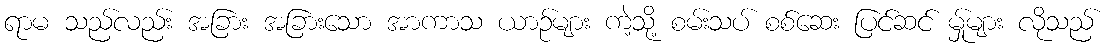
ရာမ သည်လည်း အခြား အခြားသော အာကာသ ယာဉ်များ ကဲ့သို့ စမ်းသပ် စစ်ဆေး ပြင်ဆင် မ်ှုများ လိုသည်